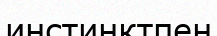
инстинктпен